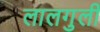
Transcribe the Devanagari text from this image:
लालगुली